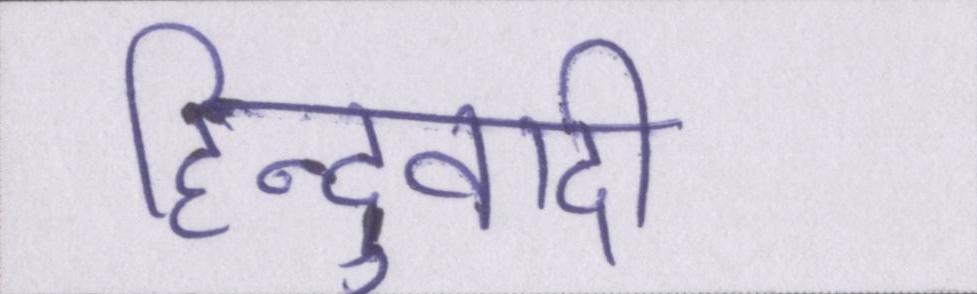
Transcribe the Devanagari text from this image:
हिन्दुवादी